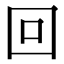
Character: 回